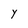
Character: y